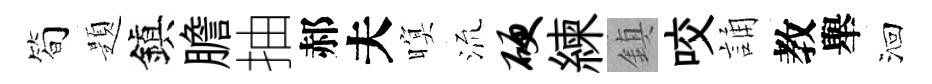
简題鎭膽抽郝夫暝𣴑硬練鎮咬誦教舉洄